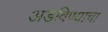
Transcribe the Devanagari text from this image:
अडविण्याचा